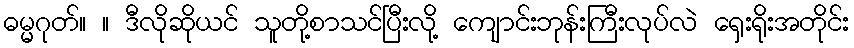
ဓမ္မဂုတ်။ ။ ဒီလိုဆိုယင် သူတို့စာသင်ပြီးလို့ ကျောင်းဘုန်းကြီးလုပ်လဲ ရှေးရိုးအတိုင်း